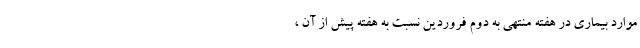
موارد بیماری در هفته منتهی به دوم فروردین نسبت به هفته پیش از آن ،